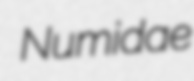
Numidae